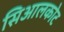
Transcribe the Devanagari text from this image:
सिआलकोट